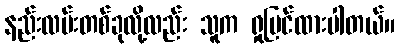
နည်းလမ်းတစ်ခုလို့လည်း သူက ရှုမြင်ထားပါတယ်။